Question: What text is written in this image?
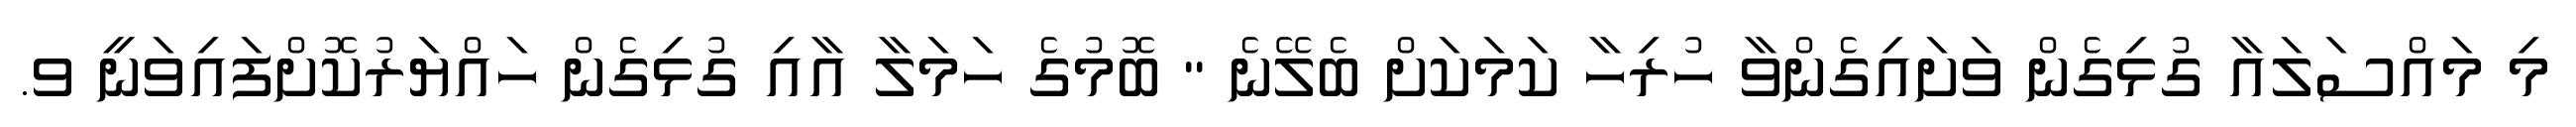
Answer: މި މައްސަލައާ ގުޅިގެން ވަށައިގެންވާ ހުރިހާ ކަމަކަށް ބެލޭނެ " ބޮމުގެ ހަމަލާ އާއި ގުޅިގެން ހައްޔަރުކޮށްފައިވަނީ ވ.